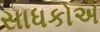
સાધકોએ